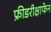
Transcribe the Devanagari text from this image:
फ्रीडरीक्षाफेन